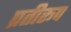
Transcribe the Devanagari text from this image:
प्रतीरूप